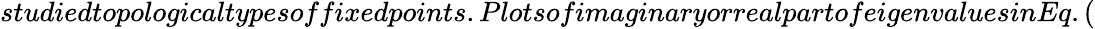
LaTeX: studiedtopologicaltypesoffixedpoints.PlotsofimaginaryorrealpartofeigenvaluesinEq.(